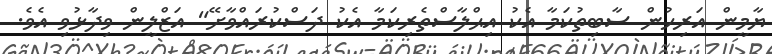
ޔާމީން އަރިހުން ސާބިތުކަމާ އެކު އިޙްލާސްތެރިކަމާ އެކު ދަސްކުރައްވާށޭ" އަޒްލީން ވިދާޅުވި އެވެ.